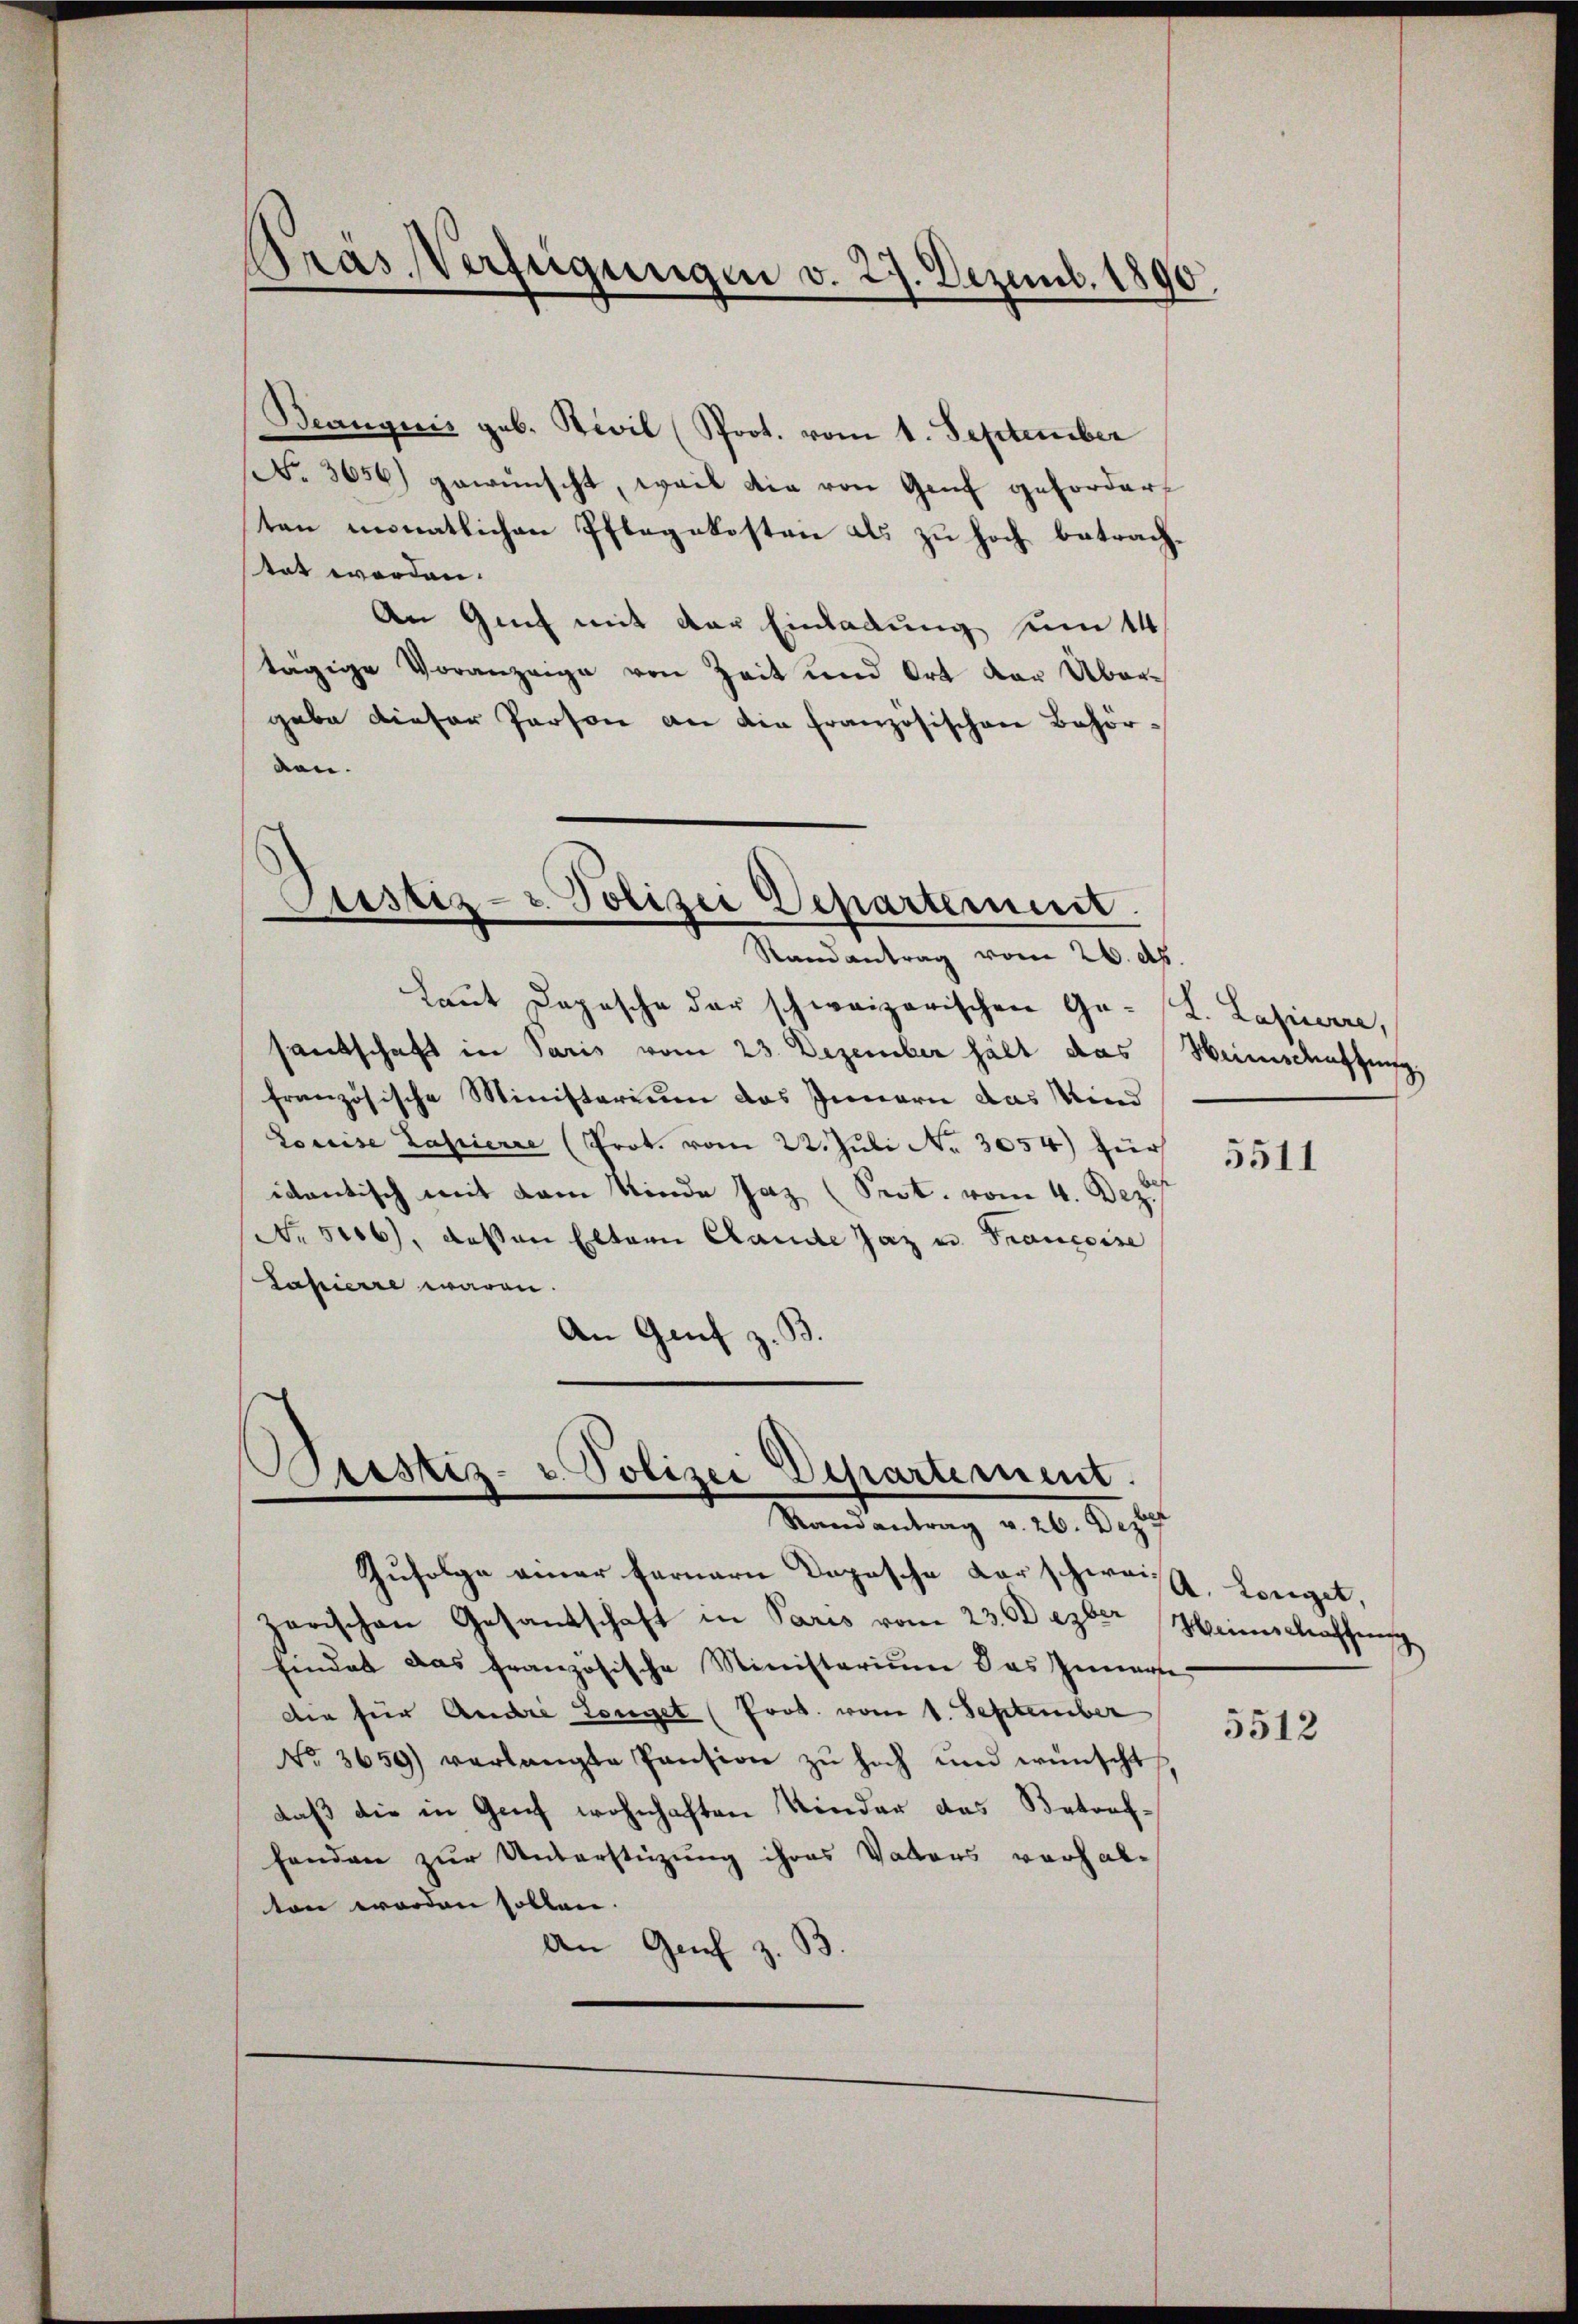
Pras Verfügungen v.
Dezemb. 1890.

Beängnis geb. Zivil (Prot. vom 1. September
No. 3656) gewünscht, weil die von Genf gefordert
ten monatlichen Pflegekosten als zu hoch betrachtat worden.
An Genf mit der Einladung zum 14
tägige Voranzeige von Zeit und Ort der Über-
gabe dieser Person an die französischen Behörden.
Justiz- & Polizei Departemnit
Randantrag vom 26. dh.
Laut Depesche der schweizerischen Ge-L. Lasserre,
santschaft in Paris vom 23. Dezember hält das Weinschaftung,
französische Ministerium das Innern das Kind
Loccise Papierre (Prot. vom 22. Juli No 3054) zur
idantisch mit dem Kinde Jaz (Sest. vom 4. Dez.
No. 5006), dessen Eltern Stande Jaz u. Francoise
Tassierre waren.
An Genf z. B.

Sistiz- u. Polizei Departement.
Randantrag v. 26. Deze

Zufolge einer fernern Dopische Karschweizarischen Gesandschaft in Paris vom 23. Dezber einschaffung
findet das französische Ministerium das Innerte
Die für Audie Longet (Prob. vom 1. September
No. 3659) verlangte Pension zŭ hoch und wünscht
daß die in Genf wohnhaften Kinder das Betreffanden zur Unterstüzung ihres Vaters vorhalten worden sollen.
An Gech z. B.

5511

A. Longet,

5512